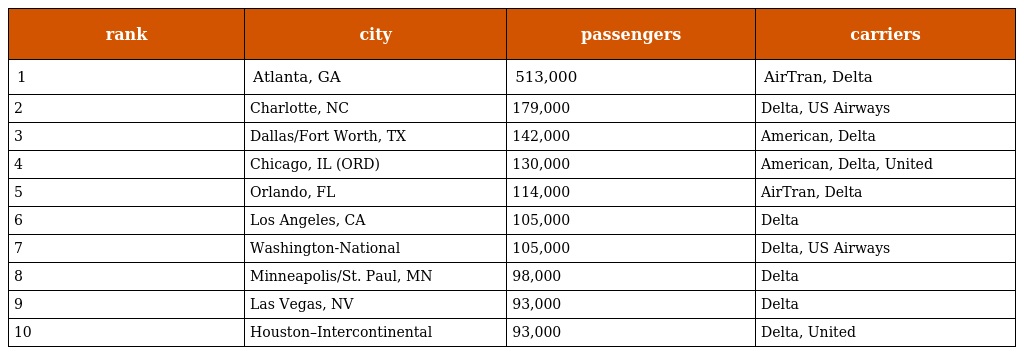
| rank | city | passengers | carriers |
 | --- | --- | --- | --- |
 | 1 | Atlanta, GA | 513,000 | AirTran, Delta |
 | 2 | Charlotte, NC | 179,000 | Delta, US Airways |
 | 3 | Dallas/Fort Worth, TX | 142,000 | American, Delta |
 | 4 | Chicago, IL (ORD) | 130,000 | American, Delta, United |
 | 5 | Orlando, FL | 114,000 | AirTran, Delta |
 | 6 | Los Angeles, CA | 105,000 | Delta |
 | 7 | Washington-National | 105,000 | Delta, US Airways |
 | 8 | Minneapolis/St. Paul, MN | 98,000 | Delta |
 | 9 | Las Vegas, NV | 93,000 | Delta |
 | 10 | Houston–Intercontinental | 93,000 | Delta, United |